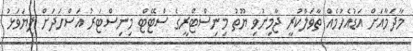
މާދަމާއަށް އަޑުއެހުމެއް ތާވަލްކުރީ ޖާމިނުވި ޔޫތު މިނިސްޓްރީގެ ސްޓޭޓް މިނިސްޓަރު އަސްހަދަށް ފިޔަވަޅު